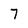
Character: 7